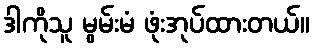
ဒါကိုသူ မွမ်းမံ ဖုံးအုပ်ထားတယ်။